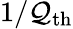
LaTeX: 1/\mathcal{Q}_{\mathrm{{th}}}